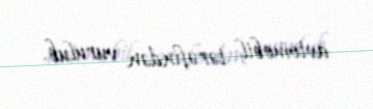
avtomobil tərəfindən vurulub.